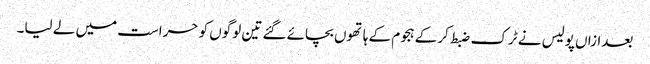
بعدازاں پولیس نے ٹرک ضبط کرکے ہجوم کے ہاتھوں بچائے گئے تین لوگوں کو حراست میں لے لیا۔